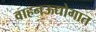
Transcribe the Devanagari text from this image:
वाहनऊद्योगात